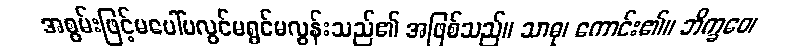
အစွမ်းဖြင့်မပေါ်မလွင်မရွင်မလွန်းသည်၏ အဖြစ်သည်။ သာဓု၊ ကောင်း၏။ ဘိက္ခဝေ၊